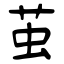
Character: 茧